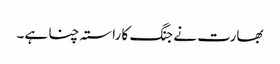
بھارت نے جنگ کا راستہ چنا ہے۔